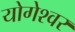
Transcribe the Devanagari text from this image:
योगेश्‍वर